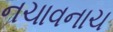
નચાવનાચ